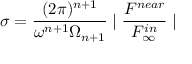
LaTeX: \sigma = \frac { ( 2 \pi ) ^ { n + 1 } } { \omega ^ { n + 1 } \Omega _ { n + 1 } } \mid \frac { { \cal F } ^ { n e a r } } { { \cal F } _ { \infty } ^ { i n } } \mid